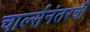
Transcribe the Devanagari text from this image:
चार्ल्सनंतरची